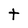
Character: t